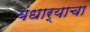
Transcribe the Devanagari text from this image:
बंधार्‍याचा